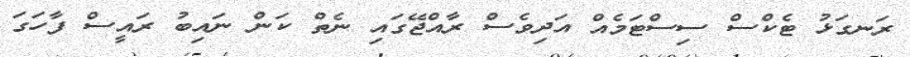
ރަނގަޅު ޓެކްސް ސިސްޓަމެއް އަދިވެސް ރާއްޖޭގައި ނެތް ކަން ނައިބު ރައީސް ފާހަގަ